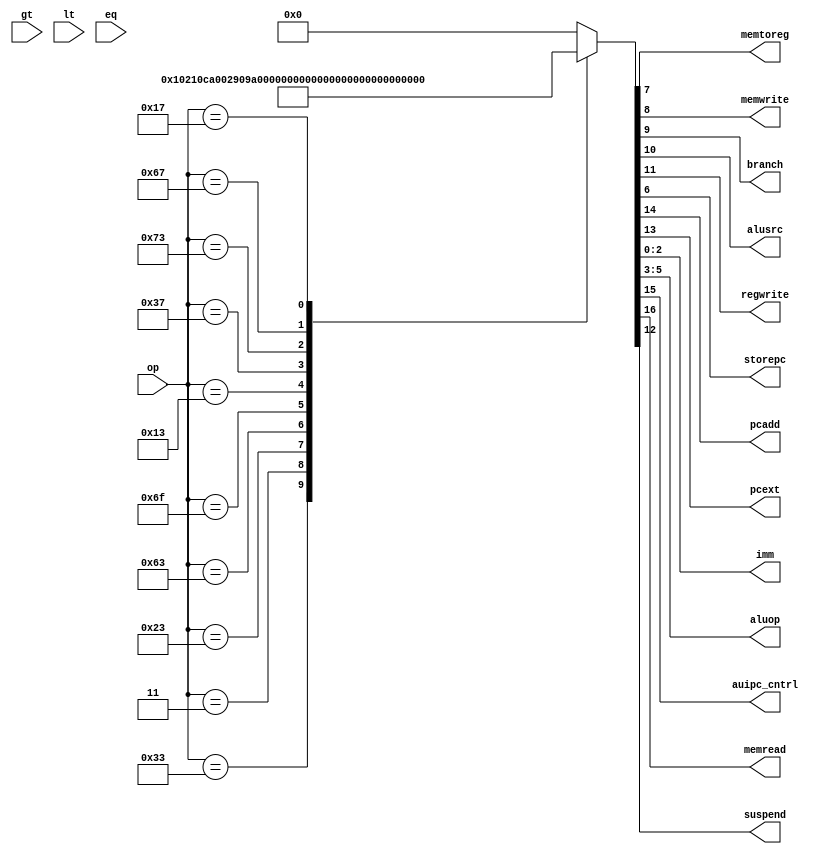
// This program was cloned from: https://github.com/siliconcompiler/scgallery
// License: Apache License 2.0

module maindec (input  [6:0] op,
		output 	     memtoreg, memwrite,
		output 	     branch, alusrc,
		output 	     regwrite,
		output 	     storepc,
		output 	     pcadd,
		output 	     pcext,
		output [2:0] imm,
		output [2:0] aluop,
		output 	     auipc_cntrl,
		output 	     memread,
                input 	     gt, lt, eq,
		output 	     suspend);
   
   reg [16:0] 		     controls;

   assign {memread, auipc_cntrl, pcadd, pcext, suspend, regwrite, alusrc,
           branch, memwrite,
           memtoreg, storepc, aluop, imm} = controls;

   always @(*)
     case(op)
       7'b011_0011: controls <= 17'b00000100_000_010_000; // R
       7'b000_0011: controls <= 17'b10000110_010_100_000; // LW
       7'b010_0011: controls <= 17'b00000010_100_100_001; // SW
       7'b110_0011: controls <= 17'b00110011_000_000_010; // BXX
       7'b110_1111: controls <= 17'b00110110_001_000_011; // JAL/J
       7'b001_0011: controls <= 17'b00000110_000_000_000; // ADDI/ORI
       7'b011_0111: controls <= 17'b00000110_000_000_100; // LUI
       7'b111_0011: controls <= 17'b00001000_000_000_000; // ecall/ebreak
       7'b110_0111: controls <= 17'b00000110_001_000_000; // JALR/JR
       7'b001_0111: controls <= 17'b01100110_000_000_100; // AUIPC
       default:     controls <= 17'b00000000_000_000_000; // default
     endcase // case (op)
   
endmodule // maindec